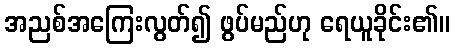
အညစ်အကြေးလွတ်၍ ဖွပ်မည်ဟု ရေယူခိုင်း၏။